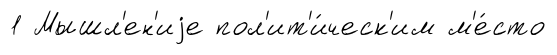
1 Мышл'ен'иjе пол'ит'и́ческ'им м'е́сто